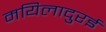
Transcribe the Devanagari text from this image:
मयिलादुरई